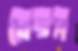
রেডস